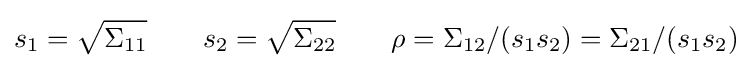
s_{1}={\sqrt {\Sigma _{11}}}\qquad s_{2}={\sqrt {\Sigma _{22}}}\qquad \rho =\Sigma _{12}/(s_{1}s_{2})=\Sigma _{21}/(s_{1}s_{2})